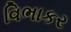
વિભાકર